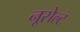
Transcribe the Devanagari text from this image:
नूसेल्ट